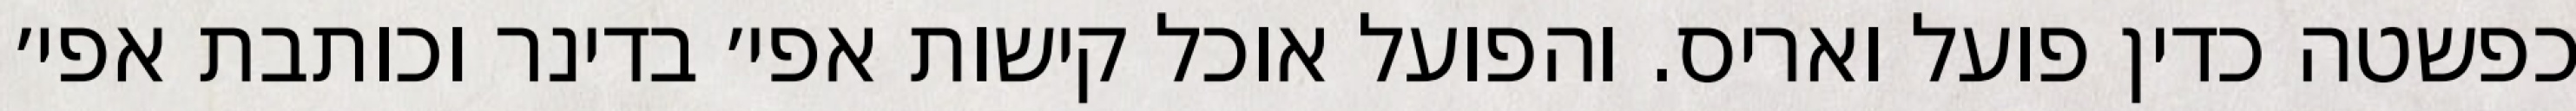
כפשטה כדין פועל ואריס. והפועל אוכל קישות אפי׳ בדינר וכותבת אפי׳